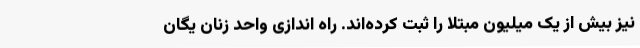
نیز بیش از یک میلیون مبتلا را ثبت کرده‌اند. راه اندازی واحد زنان یگان